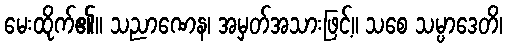
မေးထိုက်၏။ သညာဏေန၊ အမှတ်အသားဖြင့်။ သစေ သမ္ပာဒေတိ၊